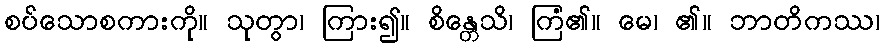
စပ်သောစကားကို။ သုတွာ၊ ကြား၍။ စိန္တေသိ၊ ကြံ၏။ မေ၊ ၏။ ဘာတိကဿ၊